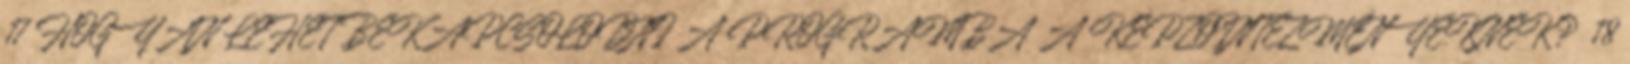
17 HOGYAN LEHET BEKAPCSOLÓDNI A PROGRAMBA A KÉPZŐINTÉZMÉNYEKNEK? 18